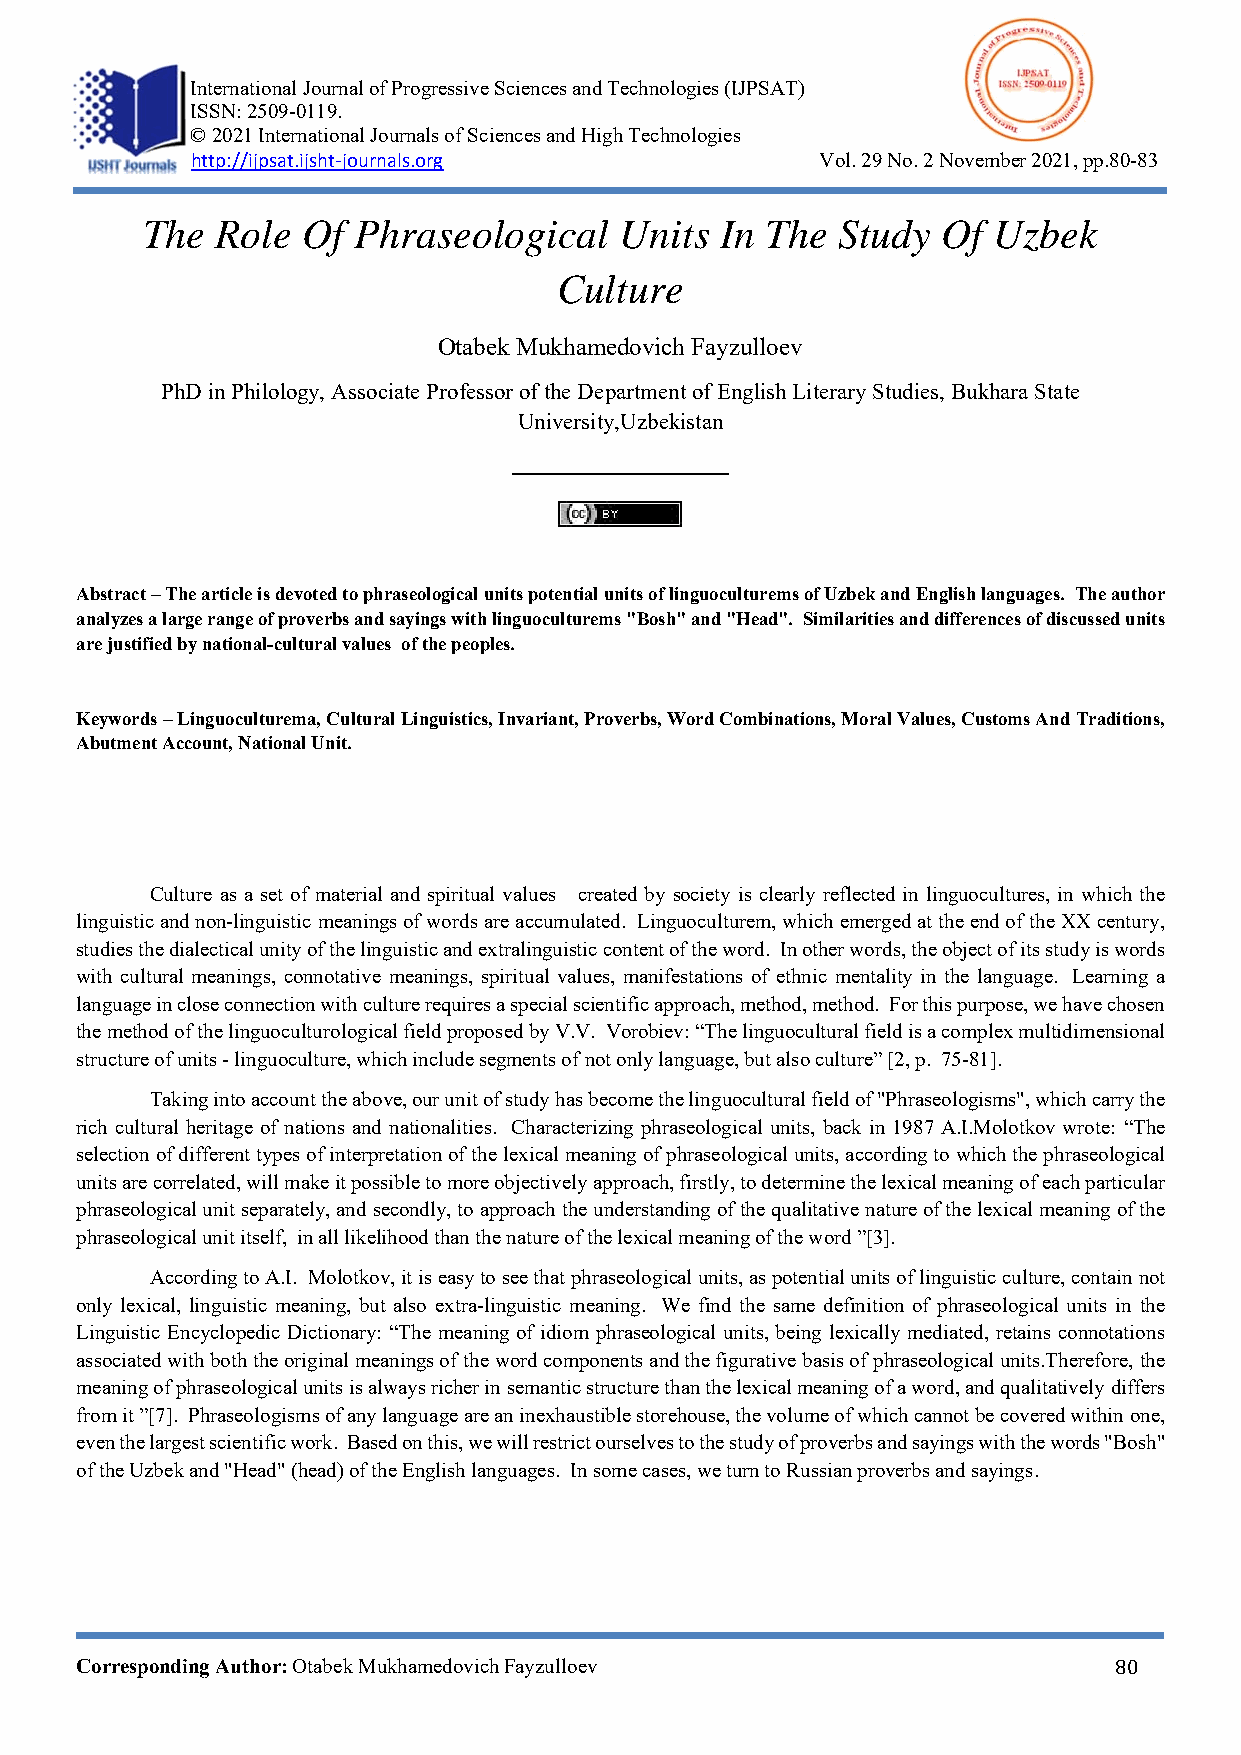
769     International Journal of Progressive Sciences and Technologies (IJPSAT)
 ISSN: 2509-0119.
 © 2021 International Journals of Sciences and High Technologies
 http://ijpsat.ijsht‐journals.org         Vol. 29 No. 2 November 2021, pp.80-83
 The  Role  Of Phraseological    Units  In The Study  Of  Uzbek
 Culture
 Otabek Mukhamedovich Fayzulloev
 PhD in Philology, Associate Professor of the Department of English Literary Studies, Bukhara State
 University,Uzbekistan
 Abstract – The article is devoted to phraseological units potential units of linguoculturems of Uzbek and English languages. The author
 analyzes a large range of proverbs and sayings with linguoculturems "Bosh" and "Head". Similarities and differences of discussed units
 are justified by national-cultural values of the peoples.
 Keywords – Linguoculturema, Cultural Linguistics, Invariant, Proverbs, Word Combinations, Moral Values, Customs And Traditions,
 Abutment Account, National Unit.
 Culture as a set of material and spiritual values created by society is clearly reflected in linguocultures, in which the
 linguistic and non-linguistic meanings of words are accumulated. Linguoculturem, which emerged at the end of the XX century,
 studies the dialectical unity of the linguistic and extralinguistic content of the word. In other words, the object of its study is words
 with cultural meanings, connotative meanings, spiritual values, manifestations of ethnic mentality in the language. Learning a
 language in close connection with culture requires a special scientific approach, method, method. For this purpose, we have chosen
 the method of the linguoculturological field proposed by V.V. Vorobiev: “The linguocultural field is a complex multidimensional
 structure of units - linguoculture, which include segments of not only language, but also culture” [2, p. 75-81].
 Taking into account the above, our unit of study has become the linguocultural field of "Phraseologisms", which carry the
 rich cultural heritage of nations and nationalities. Characterizing phraseological units, back in 1987 A.I.Molotkov wrote: “The
 selection of different types of interpretation of the lexical meaning of phraseological units, according to which the phraseological
 units are correlated, will make it possible to more objectively approach, firstly, to determine the lexical meaning of each particular
 phraseological unit separately, and secondly, to approach the understanding of the qualitative nature of the lexical meaning of the
 phraseological unit itself, in all likelihood than the nature of the lexical meaning of the word ”[3].
 According to A.I. Molotkov, it is easy to see that phraseological units, as potential units of linguistic culture, contain not
 only lexical, linguistic meaning, but also extra-linguistic meaning. We find the same definition of phraseological units in the
 Linguistic Encyclopedic Dictionary: “The meaning of idiom phraseological units, being lexically mediated, retains connotations
 associated with both the original meanings of the word components and the figurative basis of phraseological units.Therefore, the
 meaning of phraseological units is always richer in semantic structure than the lexical meaning of a word, and qualitatively differs
 from it ”[7]. Phraseologisms of any language are an inexhaustible storehouse, the volume of which cannot be covered within one,
 even the largest scientific work. Based on this, we will restrict ourselves to the study of proverbs and sayings with the words "Bosh"
 of the Uzbek and "Head" (head) of the English languages. In some cases, we turn to Russian proverbs and sayings.
 Corresponding Author: Otabek Mukhamedovich Fayzulloev                80